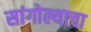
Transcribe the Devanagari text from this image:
सांगोल्याचा